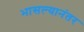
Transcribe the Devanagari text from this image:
भासल्यानंतर